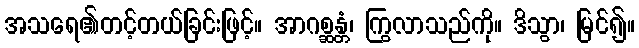
အသရေ၏တင့်တယ်ခြင်းဖြင့်။ အာဂစ္ဆန္တံ၊ ကြွလာသည်ကို။ ဒိသွာ၊ မြင်၍။